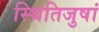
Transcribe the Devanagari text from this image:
स्थितिजुषां